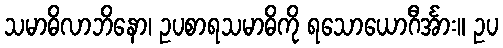
သမာဓိလာဘိနော၊ ဥပစာရသမာဓိကို ရသောယောဂီင်္အား။ ဥပ